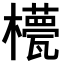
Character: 𣞑